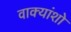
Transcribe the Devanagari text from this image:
वाक्यांशो